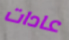
عادات